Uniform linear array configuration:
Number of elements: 32
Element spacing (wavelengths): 0.75
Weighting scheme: binomial
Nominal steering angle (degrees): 45
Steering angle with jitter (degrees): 45.337
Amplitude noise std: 0.05
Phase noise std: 0.05

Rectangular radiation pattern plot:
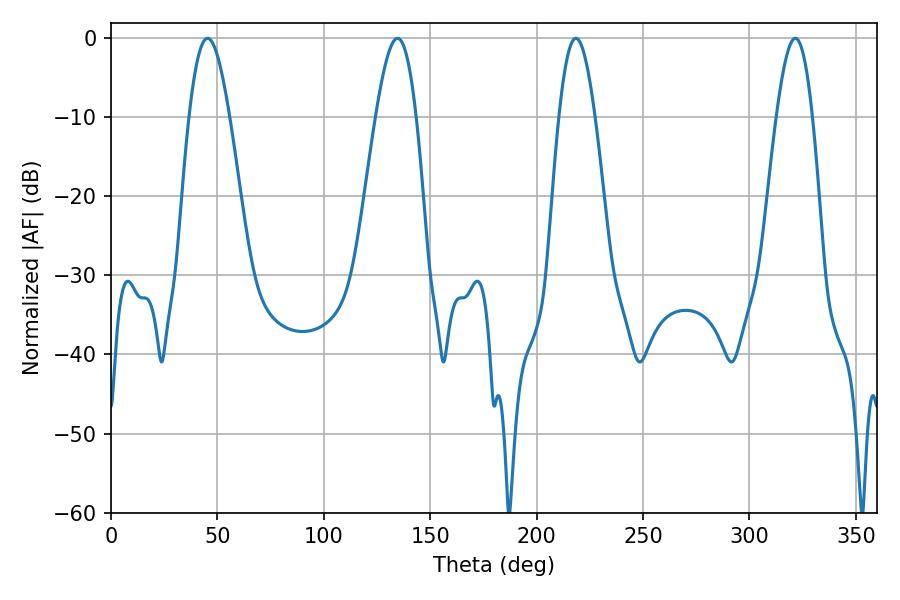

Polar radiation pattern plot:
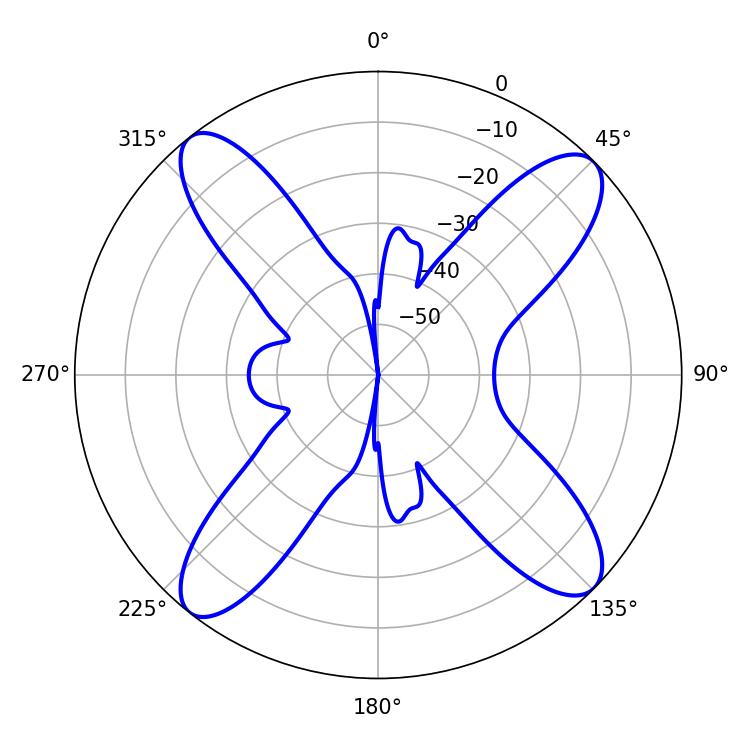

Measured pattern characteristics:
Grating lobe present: TRUE
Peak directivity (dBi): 15.08
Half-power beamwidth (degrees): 10.26
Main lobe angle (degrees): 45.36